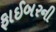
ફાઈબરની